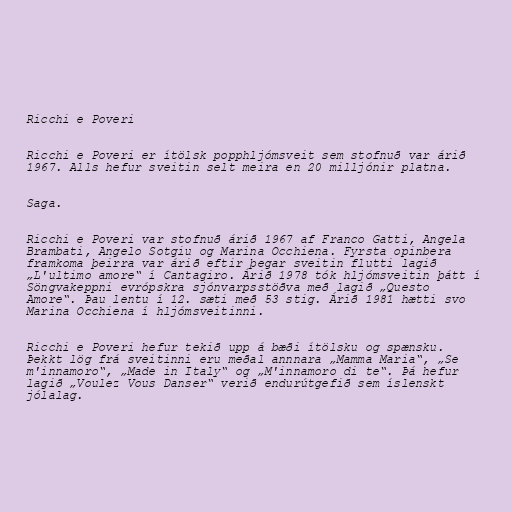
Ricchi e Poveri

Ricchi e Poveri er ítölsk popphljómsveit sem stofnuð var árið
1967. Alls hefur sveitin selt meira en 20 milljónir platna.

Saga.

Ricchi e Poveri var stofnuð árið 1967 af Franco Gatti, Angela
Brambati, Angelo Sotgiu og Marina Occhiena. Fyrsta opinbera
framkoma þeirra var árið eftir þegar sveitin flutti lagið
„L'ultimo amore“ í Cantagiro. Árið 1978 tók hljómsveitin þátt í
Söngvakeppni evrópskra sjónvarpsstöðva með lagið „Questo
Amore“. Þau lentu í 12. sæti með 53 stig. Árið 1981 hætti svo
Marina Occhiena í hljómsveitinni.

Ricchi e Poveri hefur tekið upp á bæði ítölsku og spænsku.
Þekkt lög frá sveitinni eru meðal annnara „Mamma Maria“, „Se
m'innamoro“, „Made in Italy“ og „M'innamoro di te“. Þá hefur
lagið „Voulez Vous Danser“ verið endurútgefið sem íslenskt
jólalag.